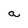
Character: a